Treatise on elephants
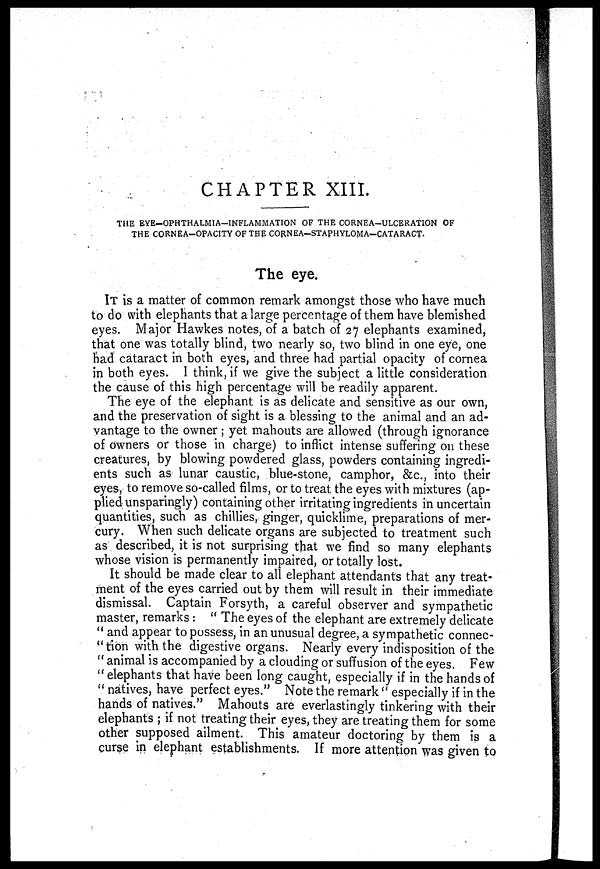
CHAPTER XIII.
THE EYE-OPHTHALMIA-INFLAMMATION OF THE CORNEA-ULCERATION OF
THE CORNEA-OPACITY OF THE CORNEA-STAPHYLOMA—CATARACT.
The eye.
IT is a matter of common remark amongst those who have much
to do with elephants that a large percentage of them have blemished
eyes. Major Hawkes notes, of a batch of 27 elephants examined,
that one was totally blind, two nearly so, two blind in one eye, one
had cataract in both eyes, and three had partial opacity of cornea
in both eyes. I think, if we give the subject a little consideration
the cause of this high percentage will be readily apparent.
The eye of the elephant is as delicate and sensitive as our own,
and the preservation of sight is a blessing to the animal and an ad-
vantage to the owner ; yet mahouts are allowed (through ignorance
of owners or those in charge) to inflict intense suffering on these
creatures, by blowing powdered glass, powders containing ingredi-
ents such as lunar caustic, blue-stone, camphor, &c, into their
eyes, to remove so-called films, or to treat the eyes with mixtures (ap-
plied unsparingly) containing other irritating ingredients in uncertain
quantities, such as chillies, ginger, quicklime, preparations of mer-
cury. When such delicate organs are subjected to treatment such
as described, it is not surprising that we find so many elephants
whose vision is permanently impaired, or totally lost.
It should be made clear to all elephant attendants that any treat-
ment of the eyes carried out by them will result in their immediate
dismissal. Captain Forsyth, a careful observer and sympathetic
master, remarks: "The eyes of the elephant are extremely delicate
" and appear to possess, in an unusual degree, a sympathetic connec-
" tion with the digestive organs. Nearly every indisposition of the
" animal is accompanied by a clouding or suffusion of the eyes. Few
" elephants that have been long caught, especially if in the hands of
" natives, have perfect eyes." Note the remark "especially if in the
hands of natives." Mahouts are everlastingly tinkering with their
elephants ; if not treating their eyes, they are treating them for some
other supposed ailment. This amateur doctoring by them is a
curse in elephant establishments. If more attention was given to